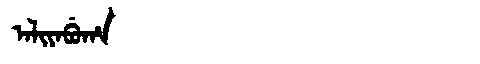
Manchu: ᠠᠯᡳᠶᠠᠪᡠᡥᠠ
Romanization: ALIYABUHA